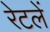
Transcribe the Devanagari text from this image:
रेटलें